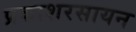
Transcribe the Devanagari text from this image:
प्रकाशरसायन